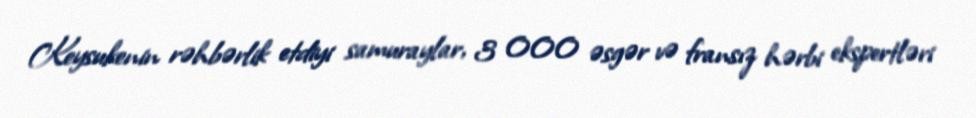
Keysukenin rəhbərlik etdiyi samuraylar, 3 000 əsgər və fransız hərbi ekspertləri